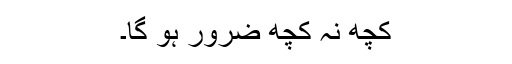
کچھ نہ کچھ ضرور ہو گا۔